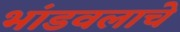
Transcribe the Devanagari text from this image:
भांडवलाचे